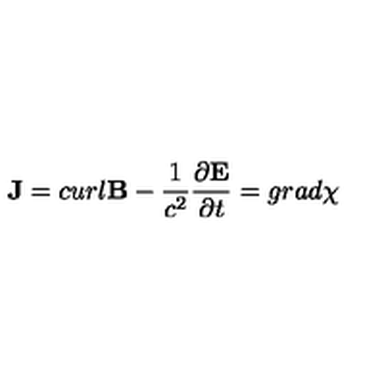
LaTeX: { \bf J } = c u r l { \bf B } - { \frac { 1 } { c ^ { 2 } } } { \frac { \partial { \bf E } } { \partial t } } = g r a d \chi